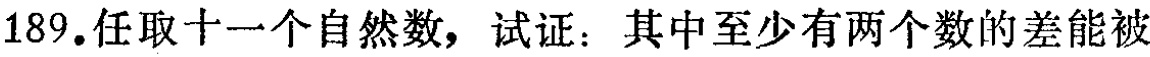
189.任取十一个自然数，试证：其中至少有两个数的差能被